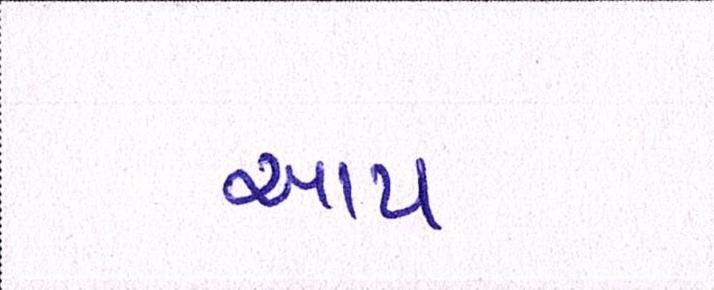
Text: આપ